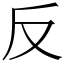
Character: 反